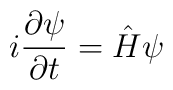
i\frac{\partial \psi}{\partial t} =\hat H\psi